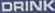
DRINK